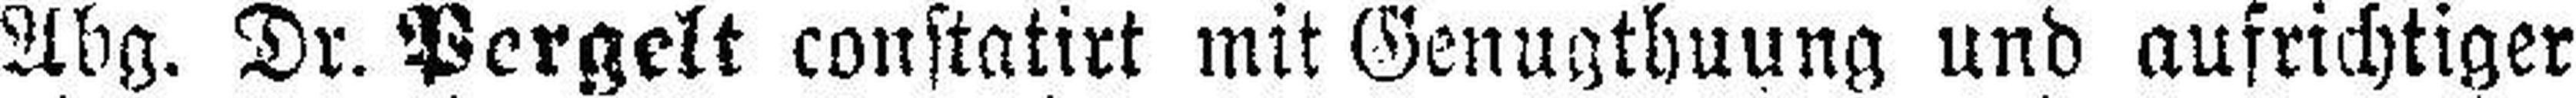
Abg. Dr. Pergelt constatirt mit Genugthuung und aufrichtiger